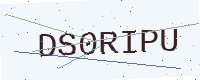
Text: DS0RIPU